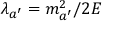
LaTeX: \lambda _ { a ^ { \prime } } = m _ { a ^ { \prime } } ^ { 2 } / 2 E